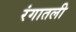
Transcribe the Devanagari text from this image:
रंगातली